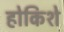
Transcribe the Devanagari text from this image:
होकिशे